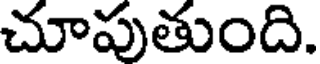
చూపుతుంది.